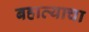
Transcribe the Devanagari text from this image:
बहाव्याचा